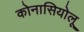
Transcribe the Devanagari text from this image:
कोनासियोलू